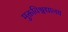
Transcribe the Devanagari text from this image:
मुक्तविश्वद्यालय